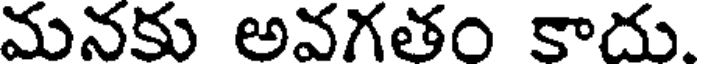
మునకు అవగతం కాదు.